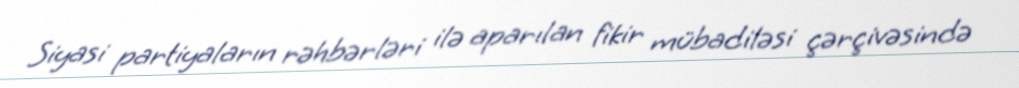
Siyasi partiyaların rəhbərləri ilə aparılan fikir mübadiləsi çərçivəsində